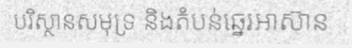
បរិស្ថានសមុទ្រ និងតំបន់ឆ្នេរអាស៊ាន